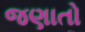
જણાતો